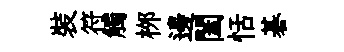
裝符觸桞邊闔恬碁